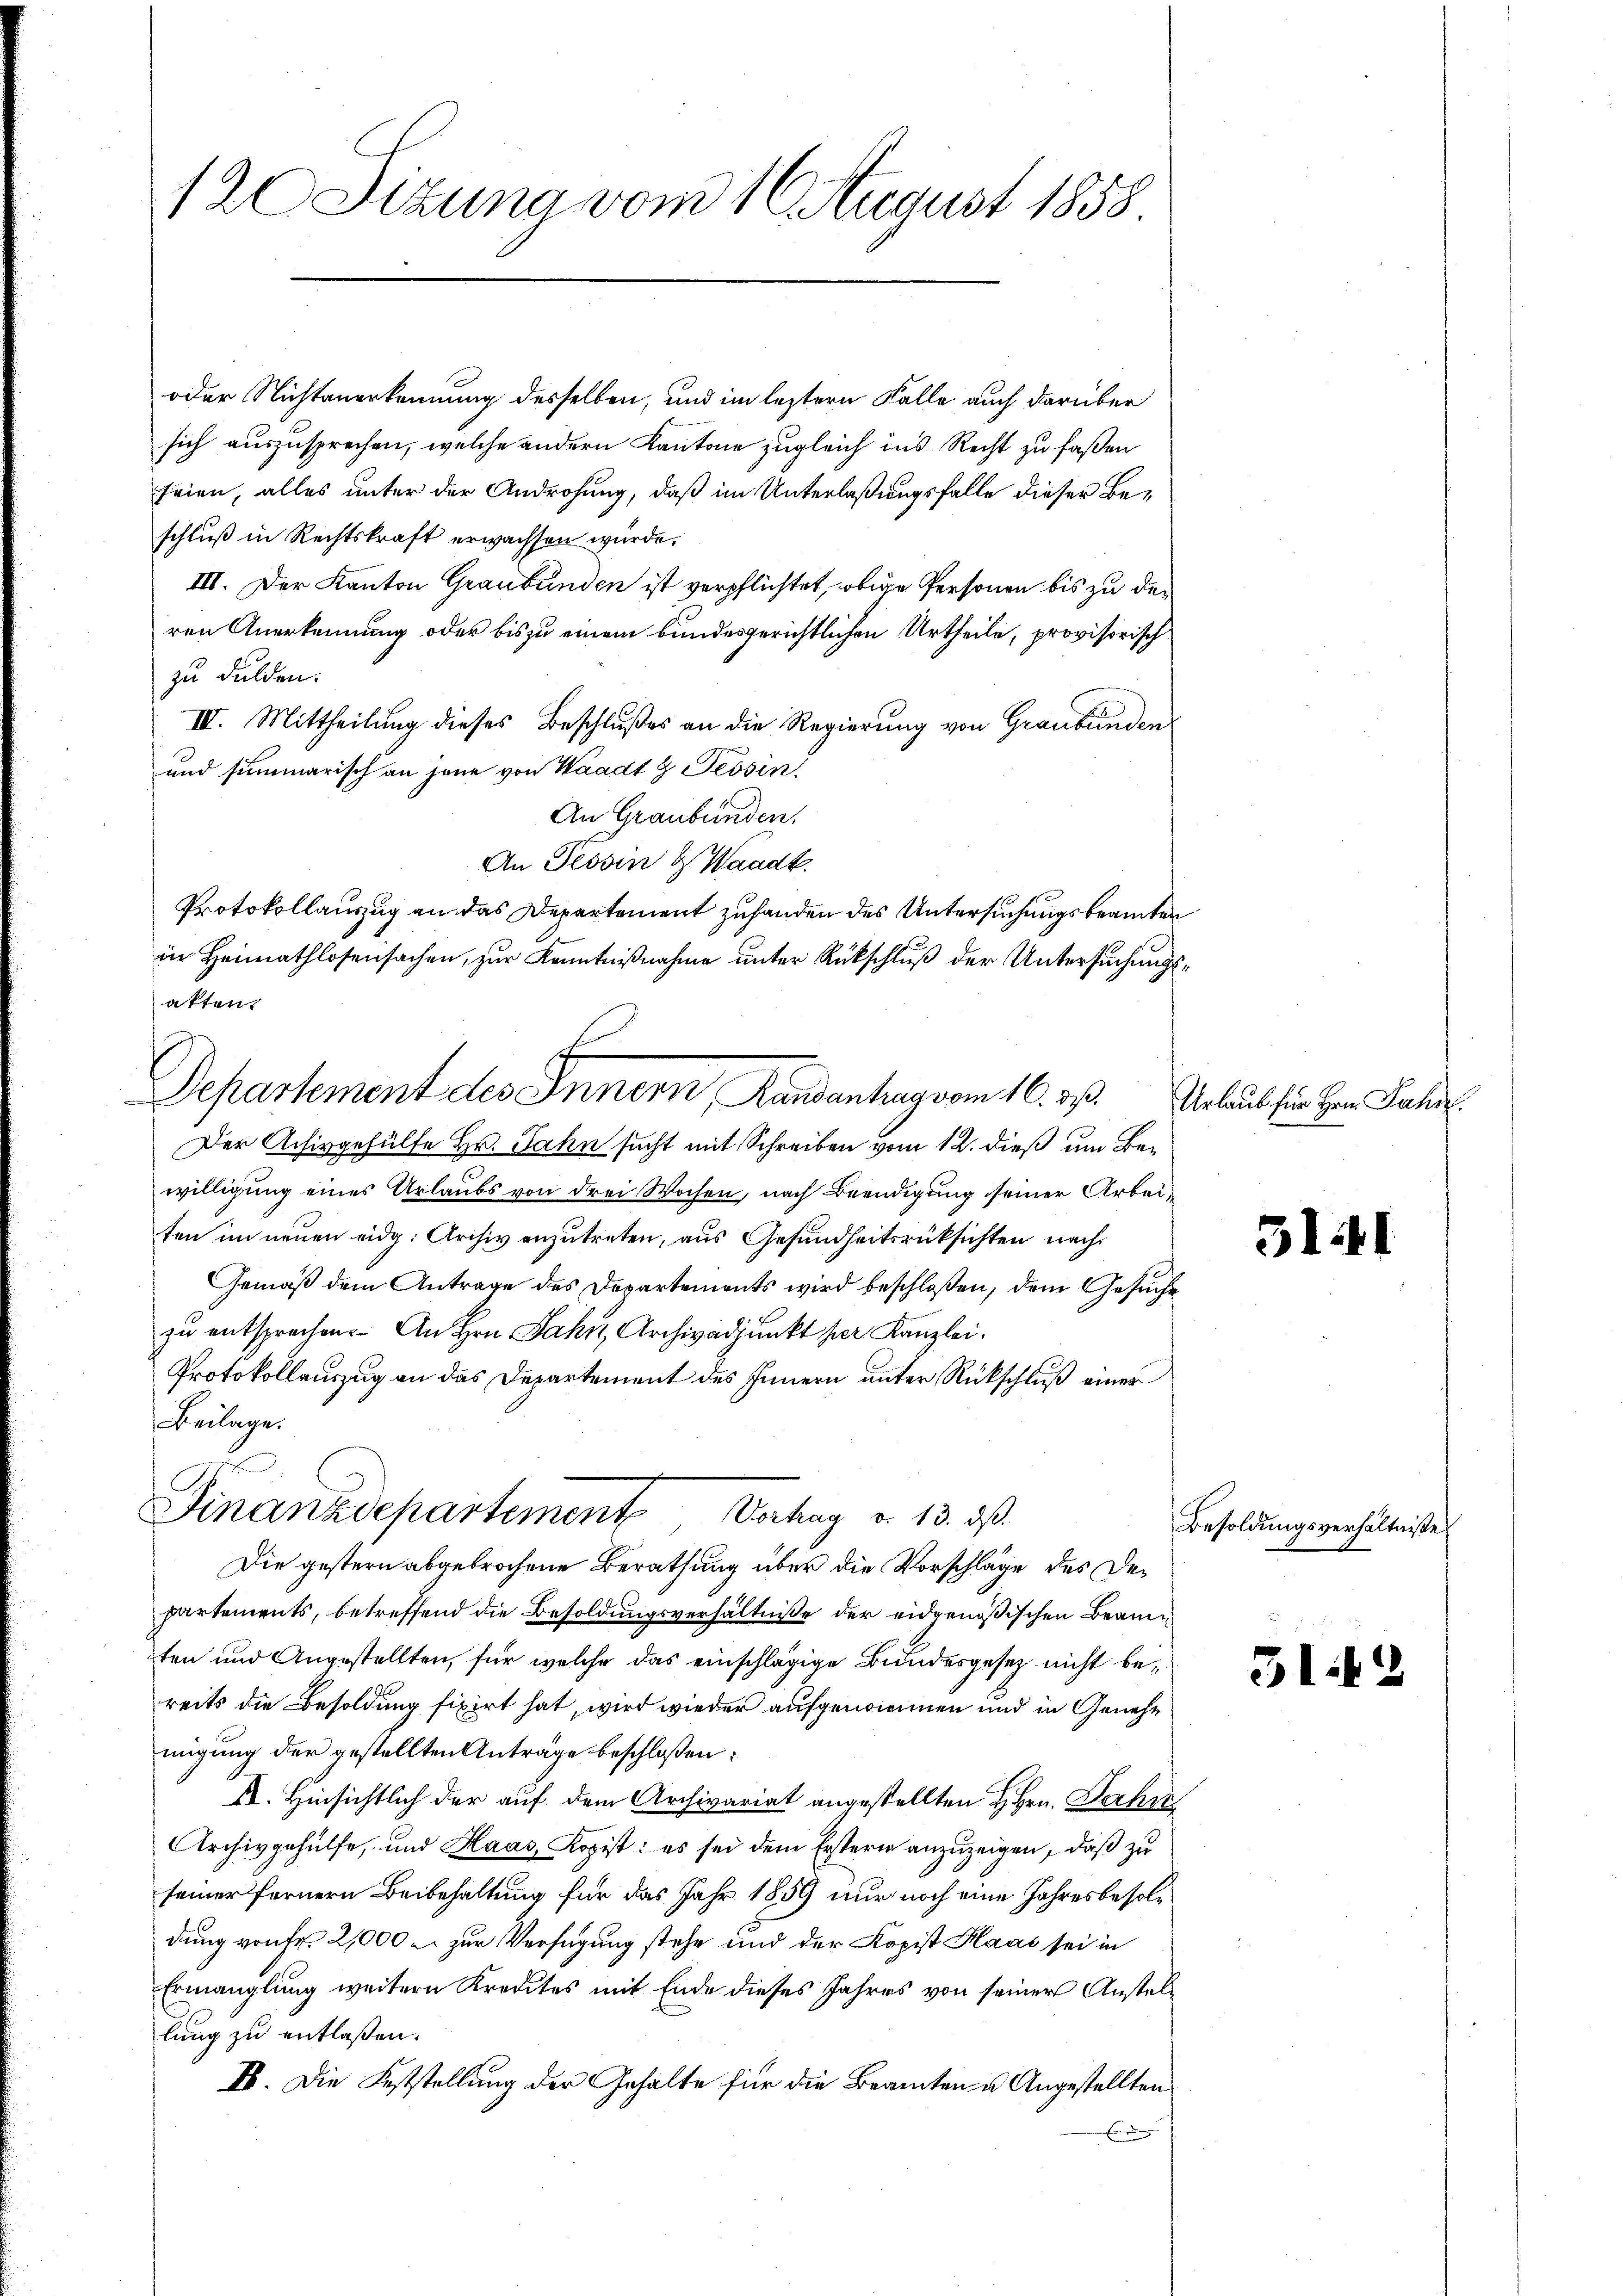
120 Stzung vom 16 August 1858

oder Nichtanerkennung desselben, und im leztern Falle auch darüber
sich auszusprechen, welche andern Kantone zugleich ins Recht zu faßen
seien, alles unter der Androhung, daß im Unterlaßungsfalle dieser Beschluß in Rechtskraft erwachsen wurde.
III. Der Kanton Graubünden ist verpflichtet, obige Personen bis zu den
ren Anerkennung oder bis zu einem bundesgerichtlichen Urtheile, provisorisch
zu dulden:
IV. Mittheilung dieses Beschlußes an die Regierung von Graubünden
und summarisch an jene von Waadt g Tessin,
An Graubünden.
An Tessin & Waadt.
Protokollauszug an das Departement zuhanden des Untersuchungsbeamten
ir Heimathlosensachen, zur Kenntnißnahme unter Rückschluß der Untersuchungsatten.
Der Achivgehülfe Hr. Jahn sucht mit Schreiben vom 12. dieß um Bewilligung eines Urlaubs von drei Wochen, nach Beendigung seiner Arbeiten im neuen eidg. Archiv anzutreten, aus Gesundheitsrücksichten nach
Gemäß dem Antrage des Departements wird beschloßen, dem Gesuchezu entsprechen. An Hrn. Jahr, Archivadjunkt her Kanzlei.
Protokollauszug an das Departement des Innern unter Rückschluß einer
Beilage.
Finanzdepartement Vorhag v. 13. ds.
Die gestern abgebrochene Berathung über die Vorschläge des Departements, betreffend die Besoldungsverhältnisse der eidgenößischen Beamten und Angestellten, für welche das einschlägige Bundesgesetz nicht bereits die Besoldung fixirt hat, wird wieder aufgenommen und in Genehmigung der gestellten Anträge beschloßen:
I. Hinsichtlich der auf dem Archivariat angestellten H. Hrn. Ferken
Archivgehülfe, und Haas, Kopist: es sei dem Erstern anzuzeigen, daß zu
seiner fernern Beibehaltung für das Jahr 1859 nur noch eine Jahresbesoldung von Fr. 2,000 u. zur Verfügung stehe und der Kopist Haas sei in
Ermanglung weitern Kredites mit Ende dieses Jahres von seiner Anstellung zu entlaßen.
II. Die Feststellung der Gehalte für die Beamten u. Angestellten

Departement des Innern, Rundentrag vom 16. 23.

Urlaub für Hrn. Jahrz

51.

Besoldungsverhältniße

312